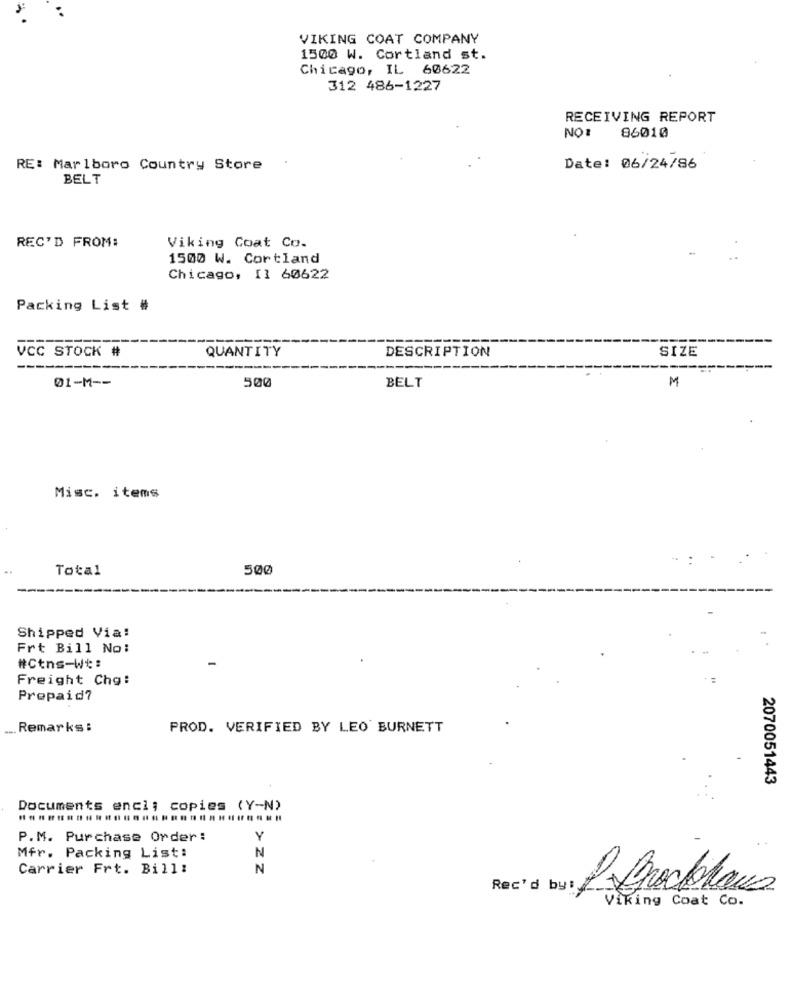
VIKING COAT COMPANY
1500 W. Cortland st.
Chicago, IL 60622
312 486-1227
RECEIVING REPORT
NO :
86010
RE: Marlboro Country Store
Date: 06/24/86
BELT
REC'D FROM:
Viking Coat Co.
1500 W. Cortland
Chicago, Il 60622
Packing List #
======
QUANTITY
SIZE
VCC STOCK #
DESCRIPTION
500
M
01-M --
BELT
Misc. items
..
Total
500
Shipped Via:
Frt Bill No:
#Ctns-Wt:
Freight Chg:
Prepaid7
Remarks :
PROD. VERIFIED BY LEO BURNETT
2070051443
Documents enci; copies (Y-N)
P.M. Purchase Order:
N
..
Mfr. Packing List:
Carrier Frt. Bill:
N
Rec'd by:
Brockhaus
Viking Coat Co.